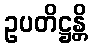
ဥပတိဋ္ဌန္တိ